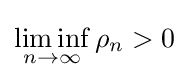
\liminf _{n\to \infty }\rho _{n}>0